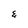
Character: E